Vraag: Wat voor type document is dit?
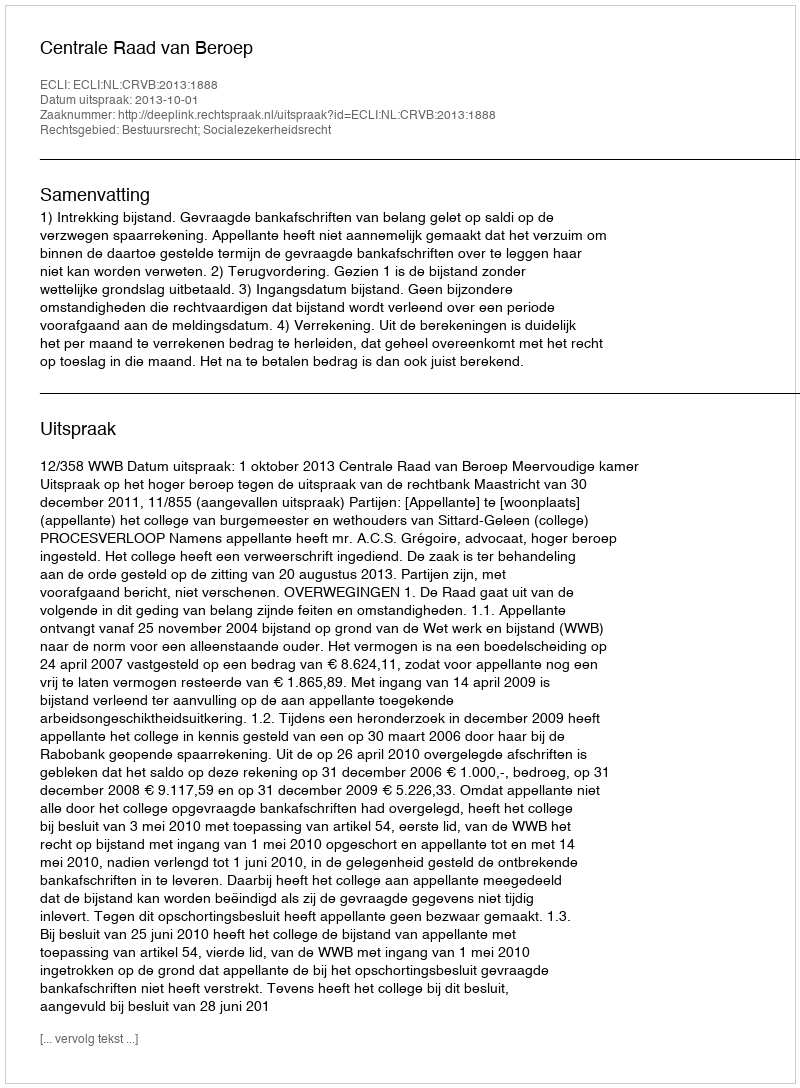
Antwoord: Uitspraak